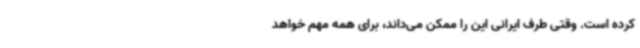
کرده است. وقتی طرف ایرانی این را ممکن می‌داند، برای همه مهم خواهد